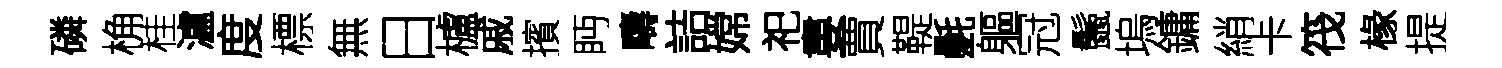
磷桷桂瀘度標無日櫨戚擯眄疇詰嫦祀婁賈鞮氎軀冠鬛塢鏞綃卡筏椽提